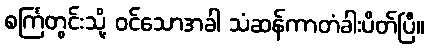
စင်္ကြတွင်းသို့ ဝင်သောအခါ သံဆန်ကာတံခါးပိတ်ပြီ။